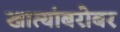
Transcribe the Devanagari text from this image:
खात्यांबरोबर